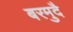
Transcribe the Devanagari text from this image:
बरमुदै